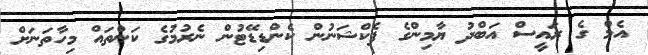
އެމް ގެ ރައީސް އަބްދު ޔާމިންގެ ފެކްޝަނުން ކެންޑިޑޭޓުން ނެރުމުގެ ކަންތައް މިހާތަނަށް